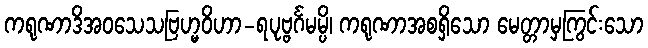
ကရုဏာဒိအဝသေသဗြဟ္မဝိဟာ-ရပုဗ္ဗင်္ဂမမ္ပိ၊ ကရုဏာအစရှိသော မေတ္တာမှကြွင်းသော